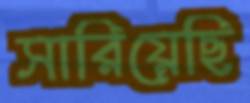
সারিয়েছি